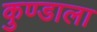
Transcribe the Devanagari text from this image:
कुण्डाला